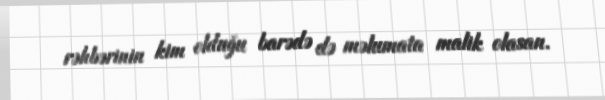
rəhbərinin kim olduğu barədə də məlumata malik olasan.